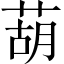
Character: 葫